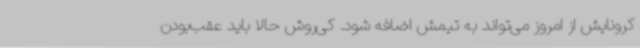
کرونایش از امروز می‌تواند به تیمش اضافه شود. کی‌روش حالا باید عقب‌بودن